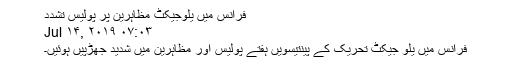
فرانس میں یلوجیکٹ مظاہرین پر پولیس تشدد
Jul ۱۴, ۲۰۱۹ ۰۷:۰۳
فرانس میں یلو جیکٹ تحریک کے پینتیسویں ہفتے پولیس اور مظاہرین میں شدید جھڑپیں ہوئیں۔